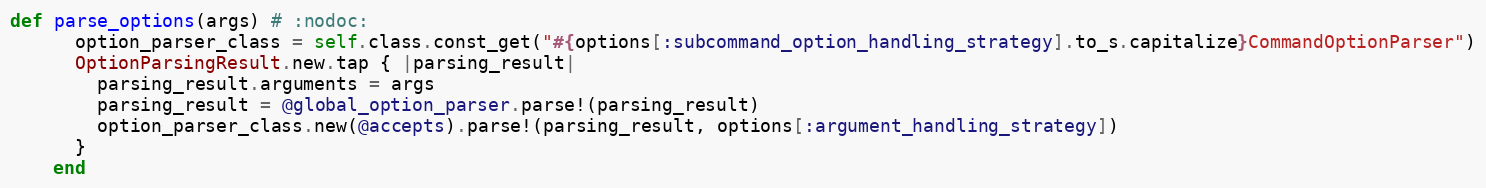
Language: Ruby
def parse_options(args) # :nodoc:
      option_parser_class = self.class.const_get("#{options[:subcommand_option_handling_strategy].to_s.capitalize}CommandOptionParser")
      OptionParsingResult.new.tap { |parsing_result|
        parsing_result.arguments = args
        parsing_result = @global_option_parser.parse!(parsing_result)
        option_parser_class.new(@accepts).parse!(parsing_result, options[:argument_handling_strategy])
      }
    end